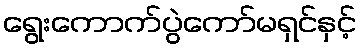
ရွေးကောက်ပွဲကော်မရှင်နှင့်